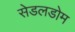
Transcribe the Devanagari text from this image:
सेडलडोम